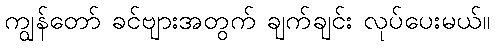
ကျွန်တော် ခင်ဗျားအတွက် ချက်ချင်း လုပ်ပေးမယ်။